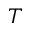
T